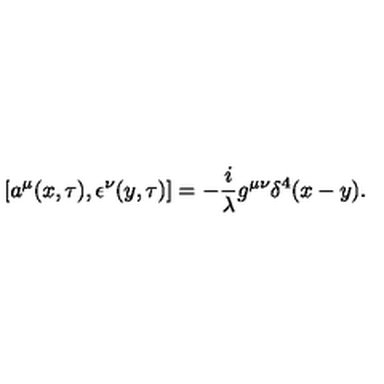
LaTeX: [ a ^ { \mu } ( x , \tau ) , \epsilon ^ { \nu } ( y , \tau ) ] = - \frac { i } { \lambda } g ^ { \mu \nu } \delta ^ { 4 } ( x - y ) .